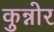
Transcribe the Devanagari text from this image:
कुन्नोर